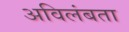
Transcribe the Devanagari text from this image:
अविलंबता